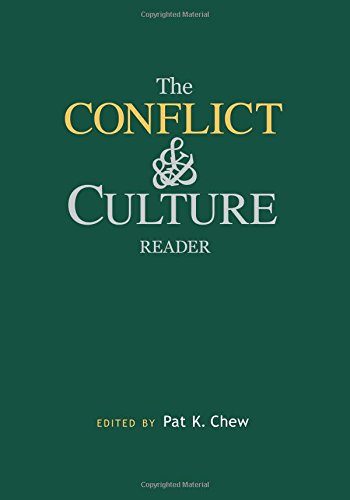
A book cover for The Conflict and Culture Reader; Law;